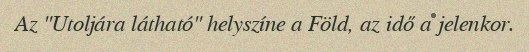
Az "Utoljára látható" helyszíne a Föld, az idő a jelenkor.